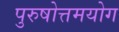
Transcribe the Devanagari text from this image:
पुरुषोत्तमयोग